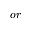
o r